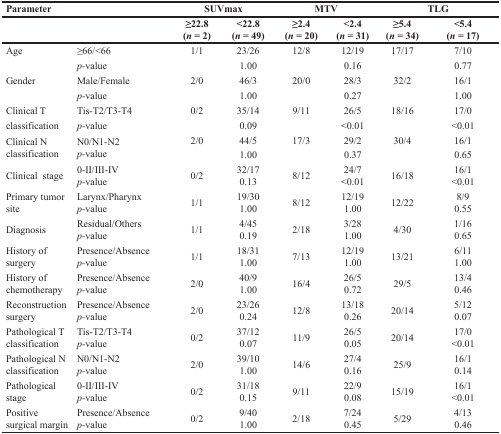
<table><thead><tr><td colspan="2"><b>Parameter</b></td><td colspan="2"><b>SUVmax</b></td><td colspan="2"><b>MTV</b></td><td colspan="2"><b>TLG</b></td></tr><tr><td colspan="2"></td><td><b>≥22.8(<i>n</i> = 2)</b></td><td><b>&lt;22.8(<i>n</i> = 49)</b></td><td><b>≥2.4(<i>n</i> = 20)</b></td><td><b>&lt;2.4(<i>n</i> = 31)</b></td><td><b>≥5.4(<i>n</i> = 34)</b></td><td><b>&lt;5.4(<i>n</i> = 17)</b></td></tr></thead><tbody><tr><td>Age</td><td>≥66/&lt;66</td><td>1/1</td><td>23/26</td><td>12/8</td><td>12/19</td><td>17/17</td><td>7/10</td></tr><tr><td></td><td><i>p-</i>value</td><td></td><td>1.00</td><td></td><td>0.16</td><td></td><td>0.77</td></tr><tr><td>Gender</td><td>Male/Female</td><td>2/0</td><td>46/3</td><td>20/0</td><td>28/3</td><td>32/2</td><td>16/1</td></tr><tr><td></td><td><i>p-</i>value</td><td></td><td>1.00</td><td></td><td>0.27</td><td></td><td>1.00</td></tr><tr><td>Clinical T</td><td>Tis-T2/T3-T4</td><td>0/2</td><td>35/14</td><td>9/11</td><td>26/5</td><td>18/16</td><td>17/0</td></tr><tr><td>classification</td><td><i>p-</i>value</td><td></td><td>0.09</td><td></td><td>&lt;0.01</td><td></td><td>&lt;0.01</td></tr><tr><td rowspan="2">Clinical Nclassification</td><td rowspan="2">N0/N1-N2<i>p-</i>value</td><td>2/0</td><td>44/5</td><td>17/3</td><td>29/2</td><td>30/4</td><td>16/1</td></tr><tr><td></td><td>1.00</td><td></td><td>0.37</td><td></td><td>0.65</td></tr><tr><td>Clinical stage</td><td>0-II/III-IV<i>p-</i>value</td><td>0/2</td><td>32/170.13</td><td>8/12</td><td>24/7&lt;0.01</td><td>16/18</td><td>16/1&lt;0.01</td></tr><tr><td>Primary tumorsite</td><td>Larynx/Pharynx<i>p-</i>value</td><td>1/1</td><td>19/301.00</td><td>8/12</td><td>12/191.00</td><td>12/22</td><td>8/90.55</td></tr><tr><td>Diagnosis</td><td>Residual/Others<i>p-</i>value</td><td>1/1</td><td>4/450.19</td><td>2/18</td><td>3/281.00</td><td>4/30</td><td>1/160.65</td></tr><tr><td>History ofsurgery</td><td>Presence/Absence<i>p-</i>value</td><td>1/1</td><td>18/311.00</td><td>7/13</td><td>12/191.00</td><td>13/21</td><td>6/111.00</td></tr><tr><td>History ofchemotherapy</td><td>Presence/Absence<i>p-</i>value</td><td>2/0</td><td>40/91.00</td><td>16/4</td><td>26/50.72</td><td>29/5</td><td>13/40.46</td></tr><tr><td>Reconstruction surgery</td><td>Presence/Absence<i>p-</i>value</td><td>2/0</td><td>23/260.24</td><td>12/8</td><td>13/180.26</td><td>20/14</td><td>5/120.07</td></tr><tr><td>Pathological Tclassification</td><td>Tis-T2/T3-T4<i>p-</i>value</td><td>0/2</td><td>37/120.07</td><td>11/9</td><td>26/50.05</td><td>20/14</td><td>17/0&lt;0.01</td></tr><tr><td>Pathological Nclassification</td><td>N0/N1-N2<i>p-</i>value</td><td>2/0</td><td>39/101.00</td><td>14/6</td><td>27/40.16</td><td>25/9</td><td>16/10.14</td></tr><tr><td>Pathologicalstage</td><td>0-II/III-IV<i>p-</i>value</td><td>0/2</td><td>31/180.15</td><td>9/11</td><td>22/90.08</td><td>15/19</td><td>16/1&lt;0.01</td></tr><tr><td>Positive surgical margin</td><td>Presence/Absence<i>p-</i>value</td><td>0/2</td><td>9/401.00</td><td>2/18</td><td>7/240.45</td><td>5/29</td><td>4/130.46</td></tr></tbody></table>